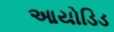
આયોડિડ